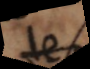
le